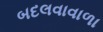
બદલવાવાળા